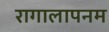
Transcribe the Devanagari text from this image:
रागालापनम